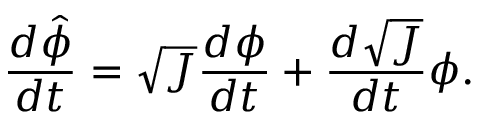
\frac { d \hat { \phi } } { d t } = \sqrt { J } \frac { d \phi } { d t } + \frac { d \sqrt { J } } { d t } \phi .